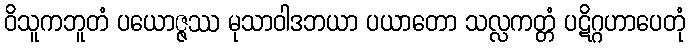
ဝိသူကဘူတံ ပယောဇ္ဇဿ မုသာဝါဒဘယာ ပယာတော သလ္လကတ္တံ ပဋိဂ္ဂဟာပေတုံ